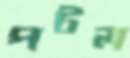
পটল